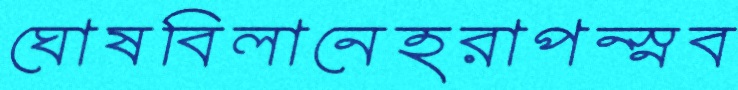
ঘোষবিলানেহরাপন্স্নব